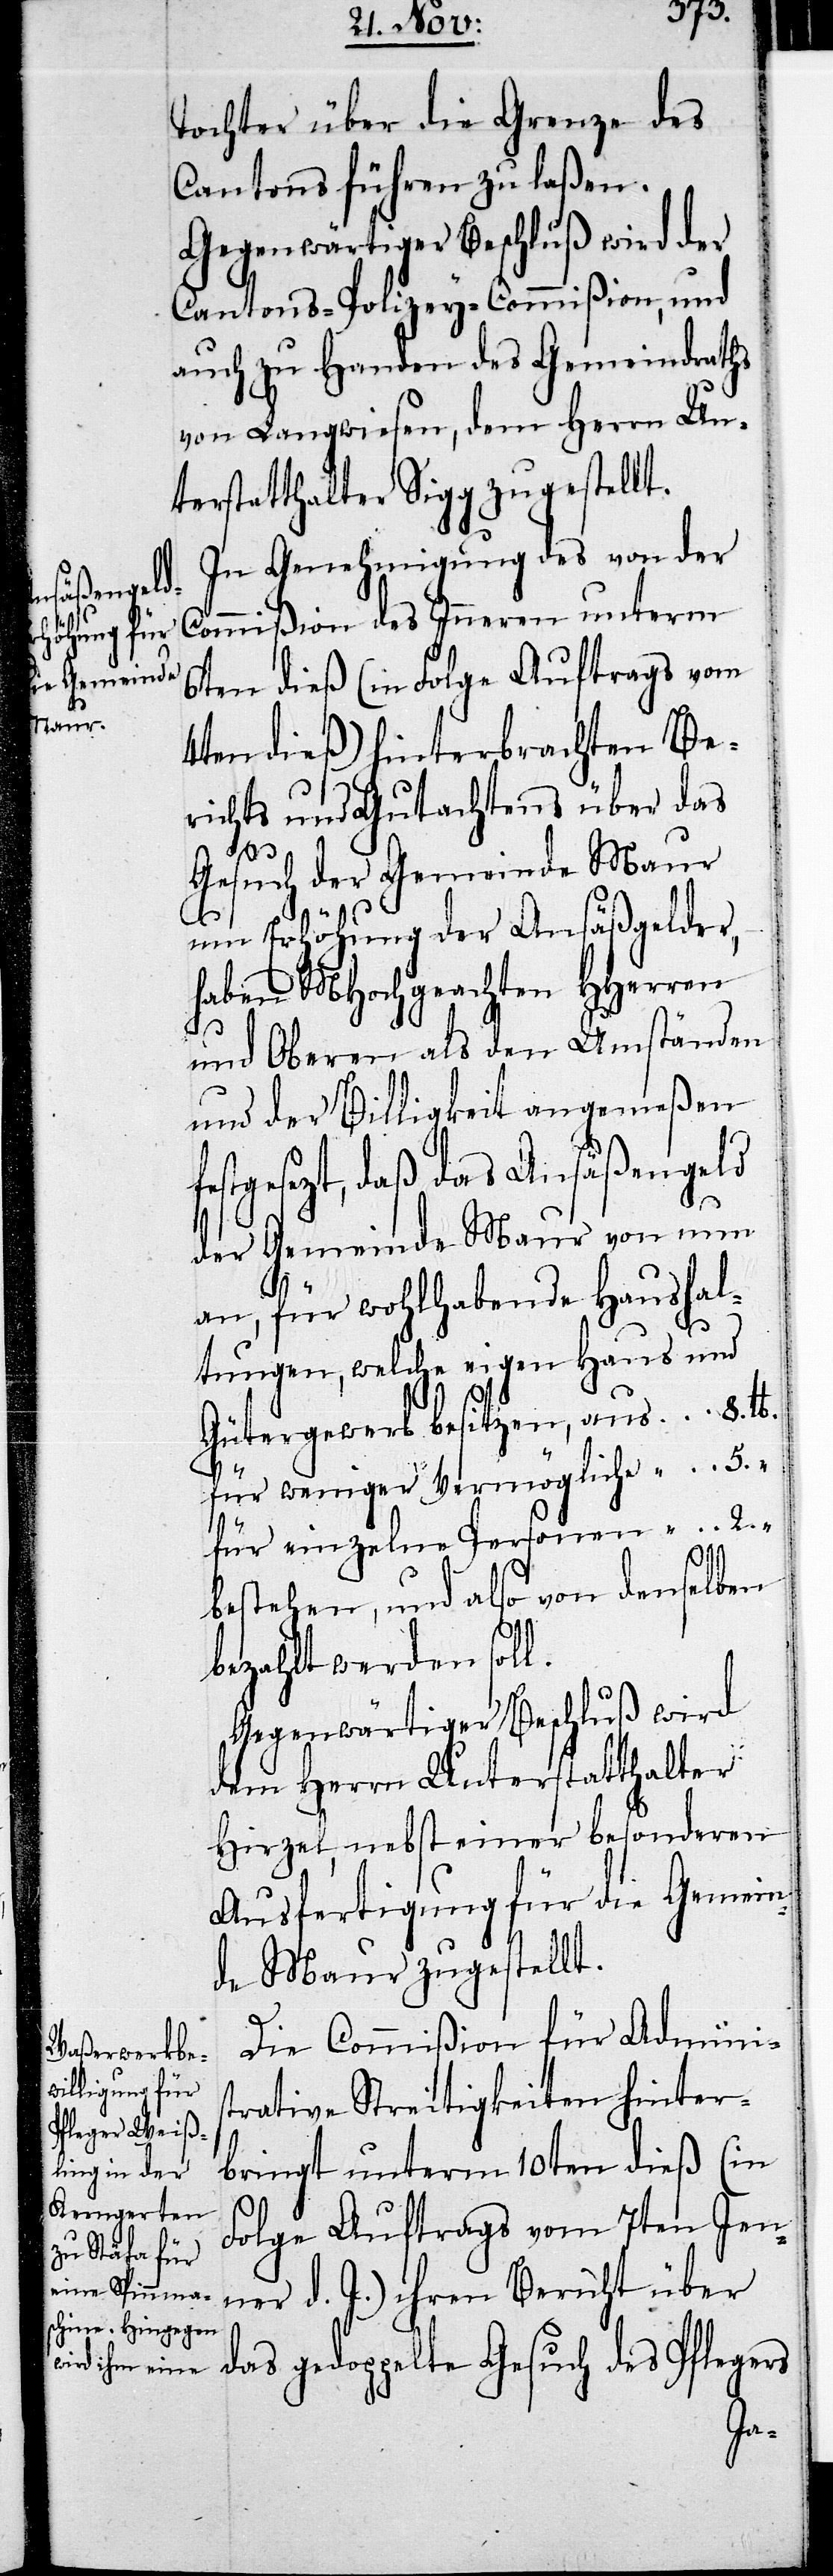
Tochter über die Grenze des
Cantons führen zu laßen.
Gegenwärtiger Beschluß wird der
Cantons-Polizey-Commißion, und
auch zu Handen des Gemeindraths
von Langwiesen, dem Herrn Un¬
terstatthalter Sigg zugestellt.
In Genehmigung des von der
Commißion des Inneren unterm
6ten dieß (in Folge Auftrags vom
4ten dieß) hinterbrachten Be¬
richts und Gutachtens über das
f¬
Gesuch der Gemeinde Maur
um Erhöhung der Ansäßgelder,
haben MHochgeachten HHerren
und Oberen als den Umständen
und der Billigkeit angemeßen
estgesezt, daß das Ansäßengeld
der Gemeinde Maur von nun
an, für wohlhabende Haushal¬
tungen, welche eigen Haus und
Gütergewerb besitzen,		aus	8.	lb.
für weniger Vermögliche		„	5.	„
für einzelne Personen		„	2.	„
bestehen, und also von denselben
bezahlt werden soll.
Gegenwärtiger Beschluß wird
dem Herrn Unterstatthalter
Hirzel, nebst einer besonderen
Ausfertigung für die Gemein¬
de Maur zugestellt.
Die Commißion für Adminis¬
trative Streitigkeiten hinter¬
bringt unterm 10ten dieß (in
Folge Auftrags vom 7ten Jen¬
ner d. J.) ihren Bericht über
das gedoppelte Gesuch des Pflegers